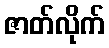
ဇာတ်လိုက်